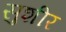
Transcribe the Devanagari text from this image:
सुशीर